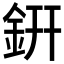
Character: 銒